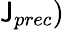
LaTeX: \mathsf{J}_{prec})